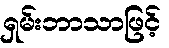
ရှမ်းဘာသာဖြင့်